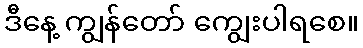
ဒီနေ့ ကျွန်တော် ကျွေးပါရစေ။